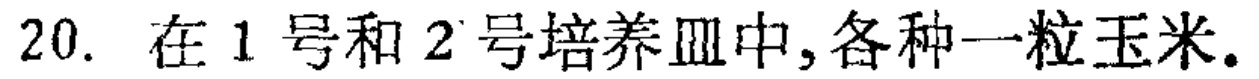
20. 在1号和2号培养皿中,各种一粒玉米.